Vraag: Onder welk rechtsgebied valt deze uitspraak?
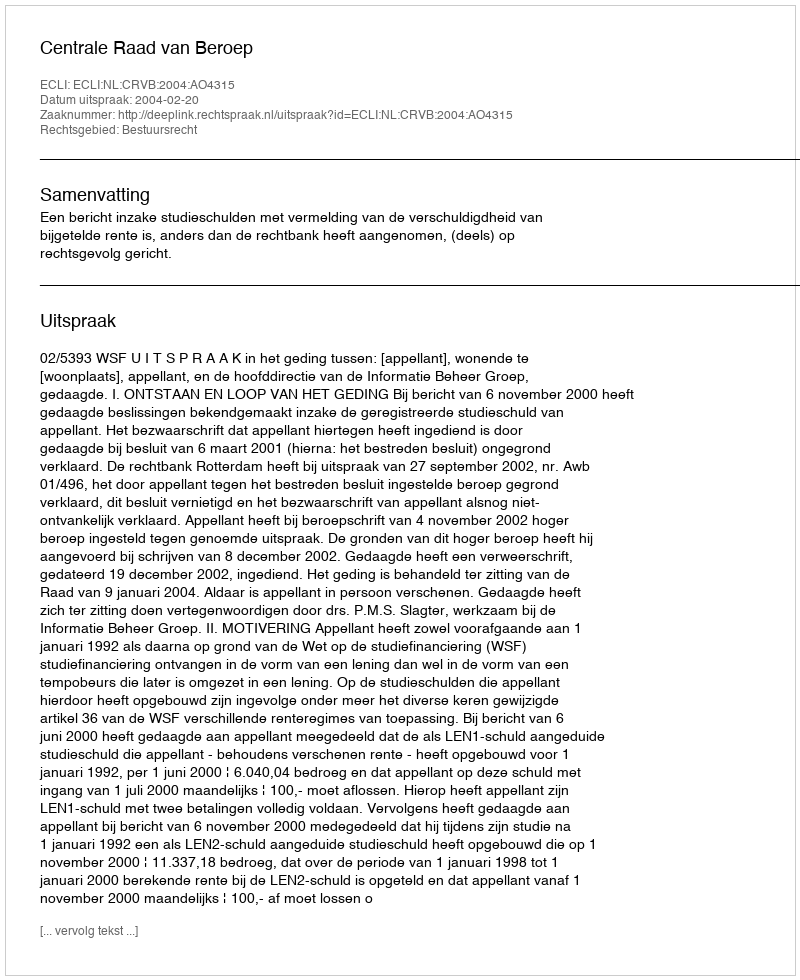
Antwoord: Bestuursrecht